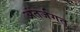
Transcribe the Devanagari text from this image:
अंतर्जगत्‌